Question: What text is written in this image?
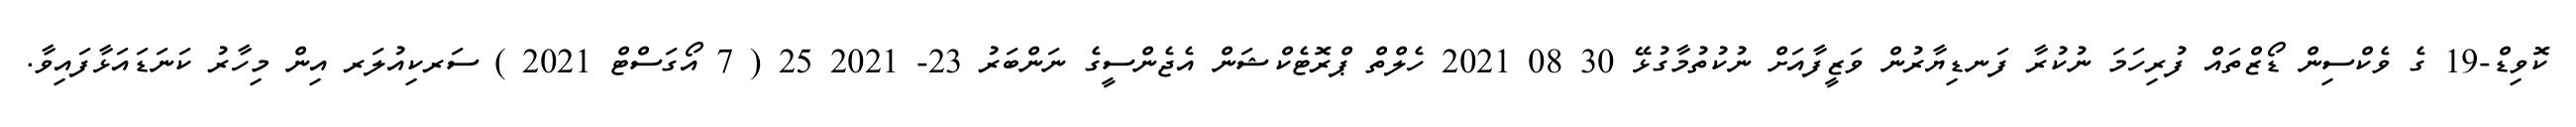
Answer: ކޮވިޑް-19 ގެ ވެކްސިން ޑޯޒްތައް ފުރިހަމަ ނުކުރާ ފަނޑިޔާރުން ވަޒީފާއަށް ނުކުތުމާގުޅޭ 30 08 2021 ހެލްތް ޕްރޮޓެކްޝަން އެޖެންސީގެ ނަންބަރު 23- 2021 25 ( 7 އޯގަސްޓް 2021 ) ސަރކިއުލަރ އިން މިހާރު ކަނަޑައަޅާފައިވާ.